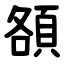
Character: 頟